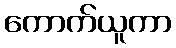
ကောက်ယူကာ